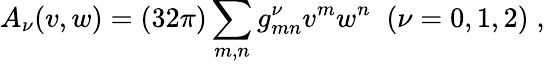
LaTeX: A_{\nu}(v,w)=(32\pi)\sum_{m,n}g_{mn}^{\nu}v^{m}w^{n}\; \; (\nu=0,1,2)\; ,